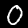
Digit: 0